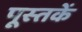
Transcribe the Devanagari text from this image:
पूस्‍तकें